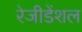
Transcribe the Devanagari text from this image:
रेजीडेंशल